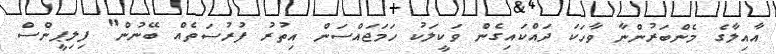
އާއިލާގެ މެންބަރުންނާ ވާހަކަ ދައްކައިގެން ވަކީލަކު ހަމަޖައްސަން އިތުރު ފުރުސަތެއް ބޭނުން" ފިލިޕީންސް